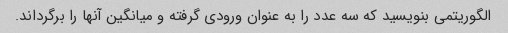
الگوریتمی بنویسید که سه عدد را به عنوان ورودی گرفته و میانگین آنها را برگرداند.